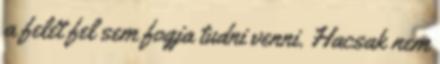
a felét fel sem fogja tudni venni. Hacsak nem